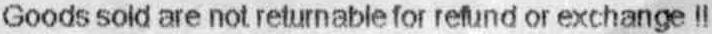
GOODS SOLD ARE NOT RETURNABLE FOR REFUND OR EXCHANGE !!